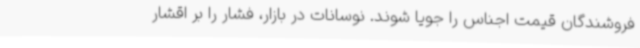
فروشندگان قیمت اجناس را جویا شوند. نوسانات در بازار، فشار را بر اقشار